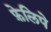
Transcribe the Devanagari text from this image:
फ़ेलिपे